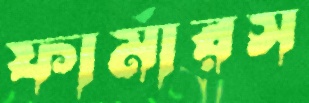
ফার্মারস